Indian journal of veterinary science and animal husbandry - Volumes 15-17, 1948-1951
Year: 1948
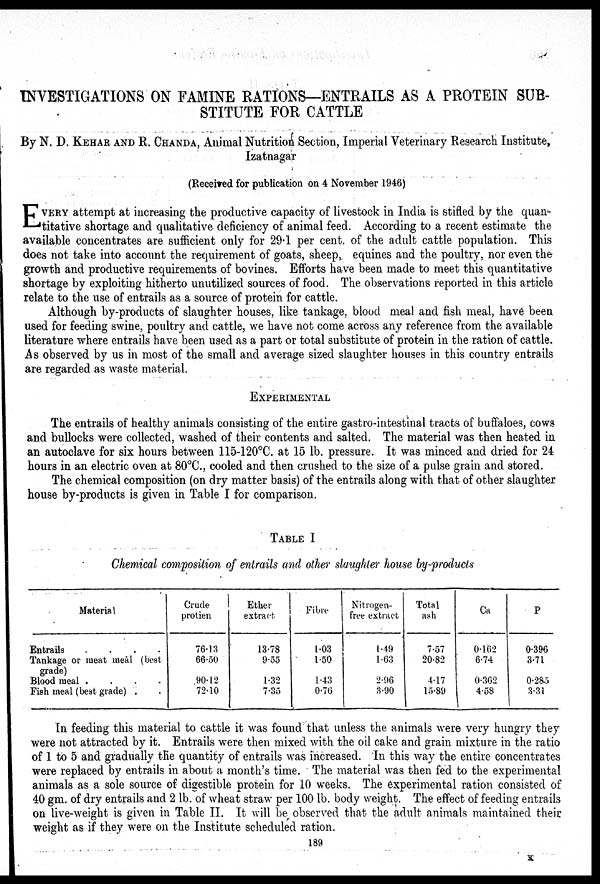
INVESTIGATIONS ON FAMINE RATIONS—ENTRAILS AS A PROTEIN SUB-
STITUTE FOR CATTLE
By N. D. KEHAR AND R. CHANDA, Animal Nutrition Section, Imperial Veterinary Research Institute,
Izatnagar
(Received for publication on 4 November 1946)
E VERY attempt at increasing the productive capacity of livestock in India is stifled by the quan-
titative shortage and qualitative deficiency of animal feed. According to a recent estimate the
available concentrates are sufficient only for 29.1 per cent. of the adult cattle population. This
does not take into account the requirement of goats, sheep, equines and the poultry, nor even the
growth and productive requirements of bovines. Efforts have been made to meet this quantitative
shortage by exploiting hitherto unutilized sources of food. The observations reported in this article
relate to the use of entrails as a source of protein for cattle.
Although by-products of slaughter houses, like tankage, blood meal and fish meal, have been
used for feeding swine, poultry and cattle, we have not come across any reference from the available
literature where entrails have been used as a part or total substitute of protein in the ration of cattle.
As observed by us in most of the small and average sized slaughter houses in this country entrails
are regarded as waste material.
EXPERIMENTAL
The entrails of healthy animals consisting of the entire gastro-intestinal tracts of buffaloes, cows
and bullocks were collected, washed of their contents and salted. The material was then heated in
an autoclave for six hours between 115-120ºC. at 15 lb. pressure. It was minced and dried for 24
hours in an electric oven at 80ºC., cooled and then crushed to the size of a pulse grain and stored.
The chemical composition (on dry matter basis) of the entrails along with that of other slaughter
house by-products is given in Table I for comparison.
TABLE I
Chemical composition of entrails and other slaughter house by-products
Material
Entrails
.
.
.
.
Tankage or meat meal (best
grade)
Blood meal .
.
.
.
Fish meal (best grade) . .
Crude
protien
76.13
66.50
90.12
72.10
Ether
extract
13.78
9.55
1.32
7.35
Fibre
1.03
1.50
1.43
0.76
Nitrogen-
free extract
1.49
1.63
2.96
3.90
Total
ash
7.57
20.82
4.17
13.89
Ca
0.162
6.74
0.362
4.58
P
0.396
3.71
0.285
3.31
In feeding this material to cattle it was found that unless the animals were very hungry they
were not attracted by it. Entrails were then mixed with the oil cake and grain mixture in the ratio
of 1 to 5 and gradually the quantity of entrails was increased. In this way the entire concentrates
were replaced by entrails in about a month's time. The material was then fed to the experimental
animals as a sole source of digestible protein for 10 weeks. The experimental ration consisted of
40 gm. of dry entrails and 2 lb. of wheat straw per 100 lb. body weight. The effect of feeding entrails
on live-weight is given in Table II. It will be observed that the adult animals maintained their
weight as if they were on the Institute scheduled ration.
189
K